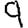
Digit: 9